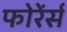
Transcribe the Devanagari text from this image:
फोरेंर्स